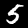
Label: 5